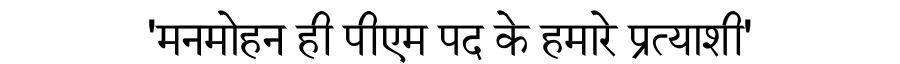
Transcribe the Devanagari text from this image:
'मनमोहन ही पीएम पद के हमारे प्रत्याशी'